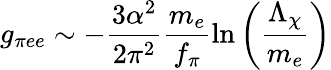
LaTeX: g_{\pi ee}\sim-\frac{3{\alpha}^{2}}{2{\pi}^{2}}\frac{m_{e}}{f_{\pi}}\ln\left(\frac{\Lambda_{\chi}}{m_{e}}\right)